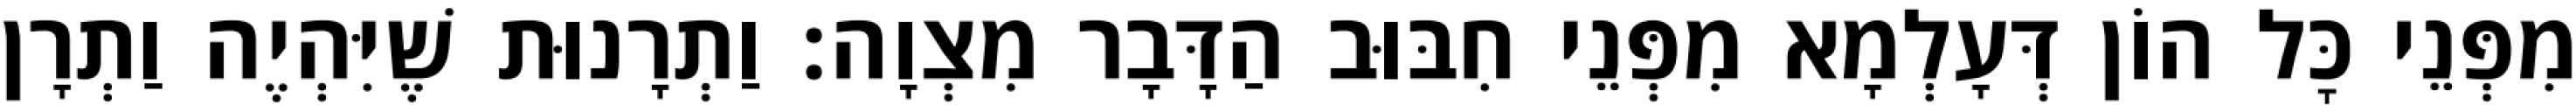
מִפְּנֵי כׇּל הוֹן דְּעָלְמָא מִפְּנֵי חִבּוּב הַדָּבָר מִצְוָה: וַתְרָנוּת שֶׁיִּהְיֶה וַתְרָן